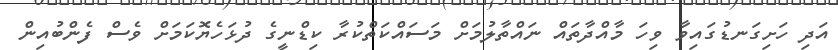
އަދި ހަށިގަނޑުގައިވާ ވިހަ މާއްދާތައް ނައްތާލުމަށް މަސައްކަތްކުރާ ކިޑްނީގެ ދުޅަހެޔޮކަމަށް ވެސް ފެންބުއިން